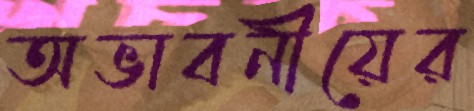
অভাবনীয়ের